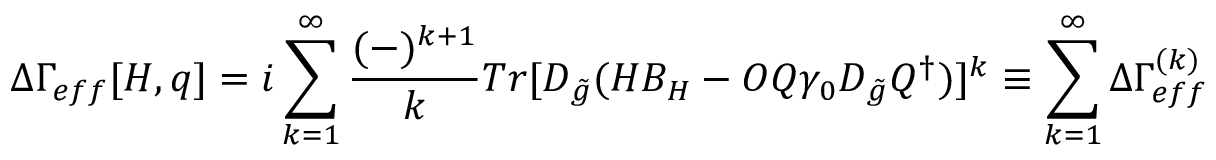
\Delta \Gamma _ { e f f } [ H , q ] = i \sum _ { k = 1 } ^ { \infty } \frac { ( - ) ^ { k + 1 } } { k } T r [ D _ { \tilde { g } } ( H B _ { H } - O Q \gamma _ { 0 } D _ { \tilde { g } } Q ^ { \dagger } ) ] ^ { k } \equiv \sum _ { k = 1 } ^ { \infty } \Delta \Gamma _ { e f f } ^ { ( k ) }